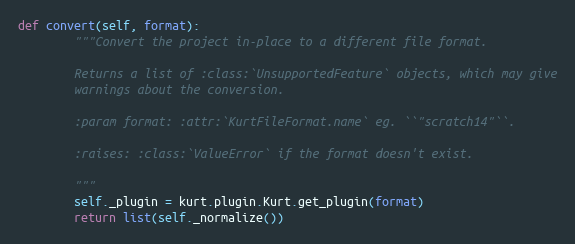
Language: Python
def convert(self, format):
        """Convert the project in-place to a different file format.

        Returns a list of :class:`UnsupportedFeature` objects, which may give
        warnings about the conversion.

        :param format: :attr:`KurtFileFormat.name` eg. ``"scratch14"``.

        :raises: :class:`ValueError` if the format doesn't exist.

        """
        self._plugin = kurt.plugin.Kurt.get_plugin(format)
        return list(self._normalize())